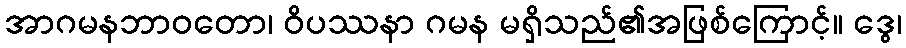
အာဂမနဘာဝတော၊ ဝိပဿနာ ဂမန မရှိသည်၏အဖြစ်ကြောင့်။ ဒွေ၊